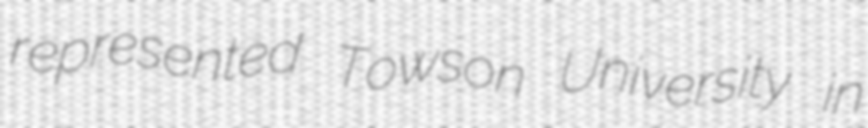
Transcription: represented Towson University in